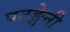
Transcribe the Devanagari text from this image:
पटङ्गेनी